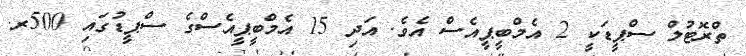
ތްރޮޓުލް ސްޕީޑަކީ 2 އެމްބީޕީއެސް އެވެ. އަދި 15 އެމްބީޕީއެސްގެ ސްޕީޑުގައި 500ރ.